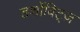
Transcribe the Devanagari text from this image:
डर्शोविट्ज़